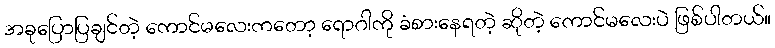
အခုပြောပြချင်တဲ့ ကောင်မလေးကတော့ ရောဂါကို ခံစားနေရတဲ့ ဆိုတဲ့ ကောင်မလေးပဲ ဖြစ်ပါတယ်။